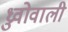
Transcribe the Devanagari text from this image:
ध्रुवोवाली